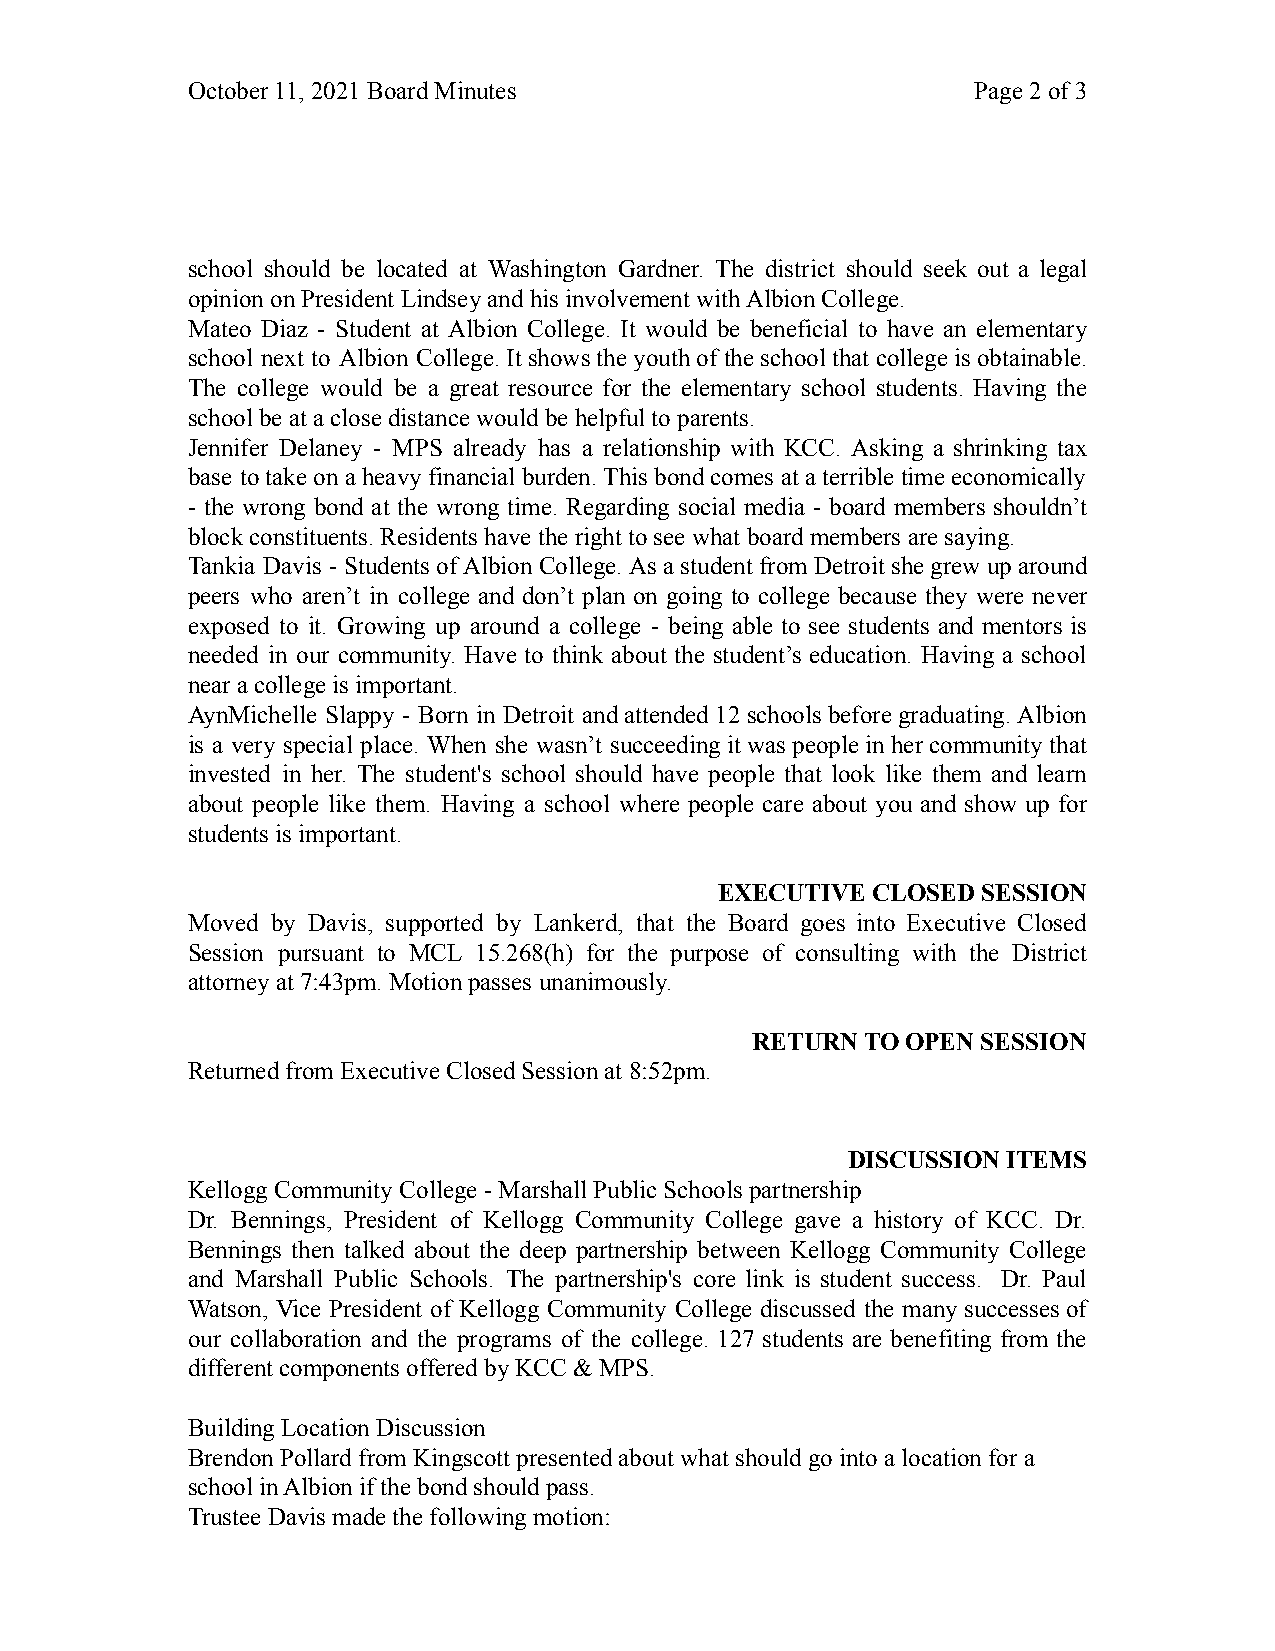
October 11, 2021 Board Minutes                       Page 2of3
 school should be located at Washington Gardner. The district should seek out a legal
 opinion on President Lindsey and his involvement with Albion College.
 Mateo Diaz - Student at Albion College. It would be beneficial to have an elementary
 school next to Albion College.It showsthe youthof theschool that collegeisobtainable.
 The college would be a great resource for the elementary school students. Having the
 school be at a close distance would be helpful to parents.
 Jennifer Delaney - MPS already has a relationship with KCC. Asking a shrinking tax
 base totake onaheavyfinancial burden.This bondcomesataterrible timeeconomically
 - the wrong bond at the wrong time. Regarding social media - board members shouldn’t
 block constituents. Residents have the right to see what board members are saying.
 Tankia Davis - Studentsof AlbionCollege. AsastudentfromDetroit shegrew uparound
 peers who aren’t in college and don’t plan on going to college because they were never
 exposed to it. Growing up around a college - being able to see students and mentors is
 needed in our community. Have to think about the student’s education. Having a school
 near a college is important.
 AynMichelle Slappy - Born in Detroit andattended12schoolsbefore graduating.Albion
 is a very special place. When she wasn’t succeedingit waspeople inher communitythat
 invested in her. The student's school should have people that look like them and learn
 about people like them. Having a school where people care about you and show up for
 students is important.
 EXECUTIVE CLOSED SESSION
 Moved by Davis, supported by Lankerd, that the Board goes into Executive Closed
 Session pursuant to MCL 15.268(h) for the purpose of consulting with the District
 attorney at 7:43pm. Motion passes unanimously.
 RETURN TO OPEN SESSION
 Returned from Executive Closed Session at 8:52pm.
 DISCUSSION ITEMS
 Kellogg Community College - Marshall Public Schools partnership
 Dr. Bennings, President of Kellogg Community College gave a history of KCC. Dr.
 Bennings then talked about the deep partnership between Kellogg Community College
 and Marshall Public Schools. The partnership's core link is student success. Dr. Paul
 Watson, Vice President of Kellogg Community College discussed the many successesof
 our collaboration and the programs of the college. 127 students are benefiting from the
 different components offered by KCC & MPS.
 Building Location Discussion
 Brendon Pollard from Kingscott presented about what should go into a location for a
 school in Albion if the bond should pass.
 Trustee Davis made the following motion: